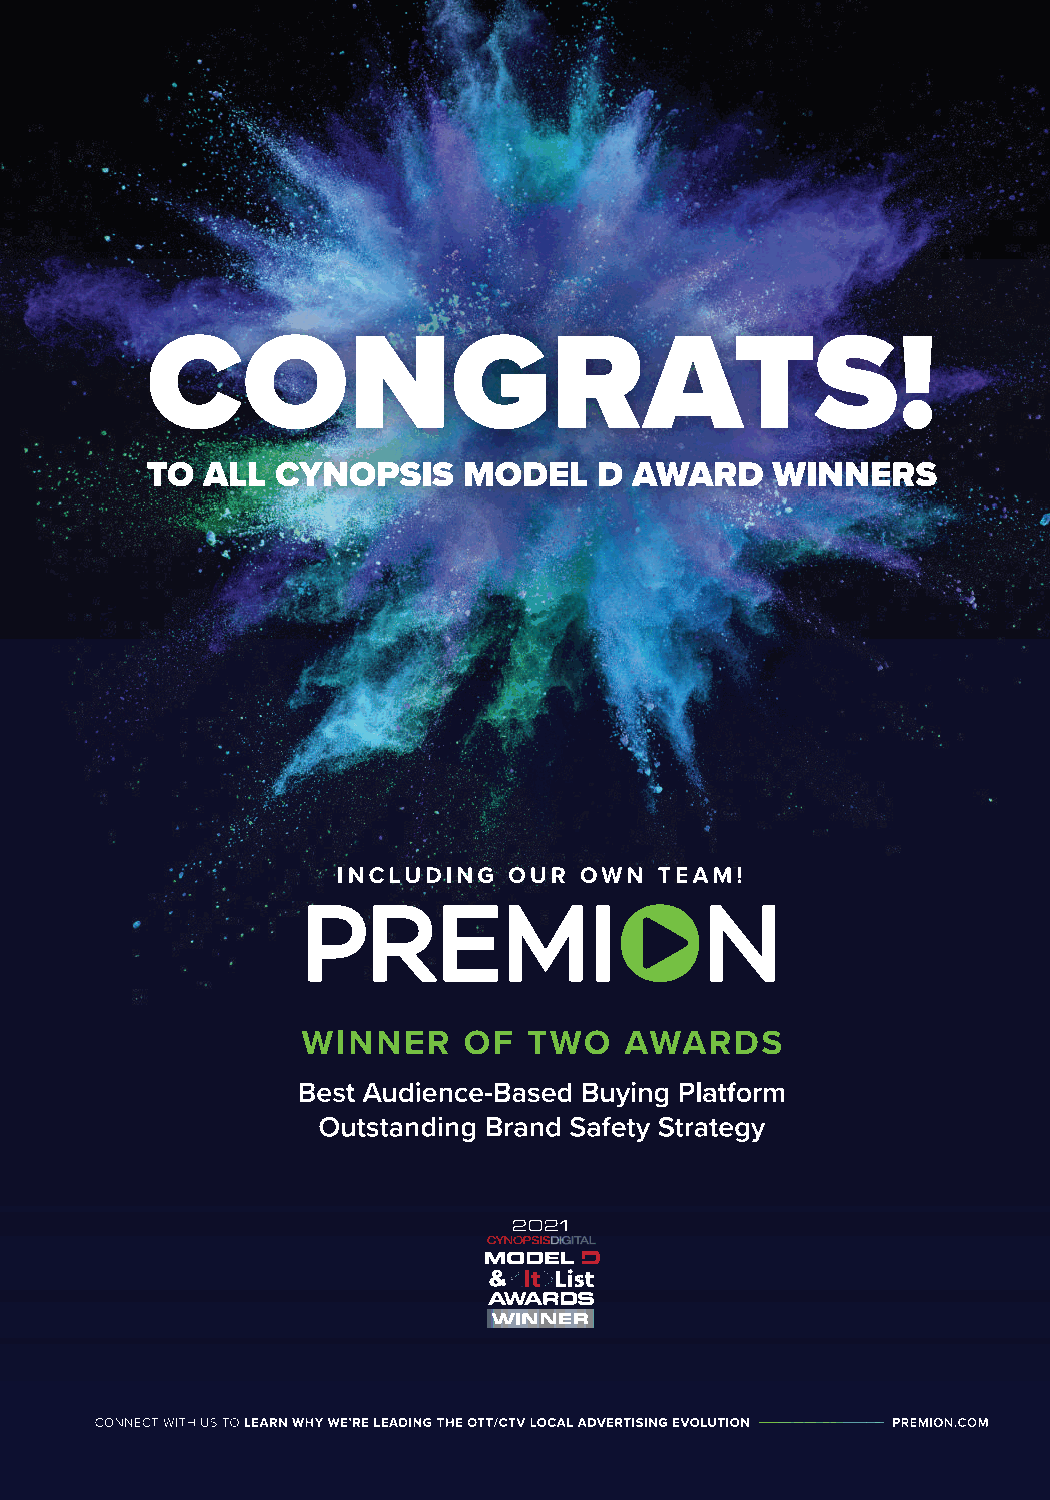
#CYNDIGITAL | @CYNOPSISMEDIA                   5